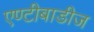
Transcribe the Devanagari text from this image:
एण्टीबाडीज